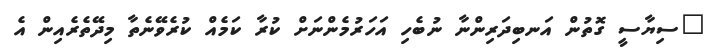
"ސިޔާސީ ގޮތުން އަނބިދަރިންނާ ނުބެހި އަހަރުމެންނަށް ކުރާ ކަމެއް ކުރެވޭނެތާ މިދޭތެރެއިން އެ